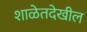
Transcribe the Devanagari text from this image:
शाळेतदेखील